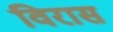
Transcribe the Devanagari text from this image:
विरास